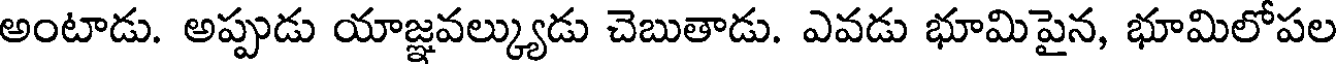
అంటాడు. అప్పుడు యాజ్ఞవల్క్యుడు చెబుతాడు. ఎవడు భూమిపైన, భూమిలోపల